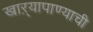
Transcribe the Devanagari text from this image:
खाऱ्यापाण्याची